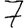
Digit: 7